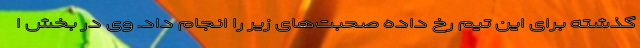
گذشته برای این تیم رخ داده صحبت‌های زیر را انجام داد. وی در بخش ا